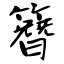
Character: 簪